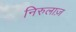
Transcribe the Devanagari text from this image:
निरुलाज़